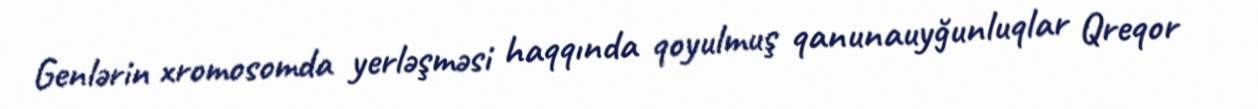
Genlərin xromosomda yerləşməsi haqqında qoyulmuş qanunauyğunluqlar Qreqor